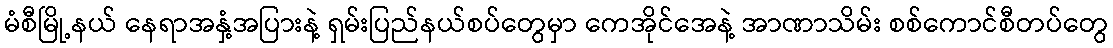
မံစီမြို့နယ် နေရာအနှံ့အပြားနဲ့ ရှမ်းပြည်နယ်စပ်တွေမှာ ကေအိုင်အေနဲ့ အာဏာသိမ်း စစ်ကောင်စီတပ်တွေ